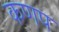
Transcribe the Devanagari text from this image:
कणप